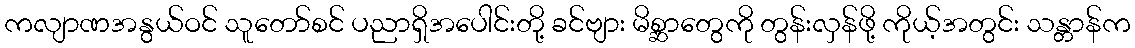
ကလျာဏအနွယ်ဝင် သူတော်စင် ပညာရှိအပေါင်းတို့ ခင်ဗျား မိစ္ဆာတွေကို တွန်းလှန်ဖို့ ကိုယ့်အတွင်း သန္တာန်က